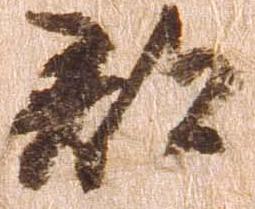
郡